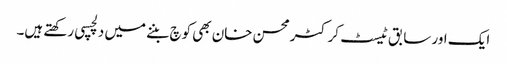
ایک اور سابق ٹیسٹ کرکٹر محسن خان بھی کوچ بننے میں دلچسپی رکھتے ہیں۔